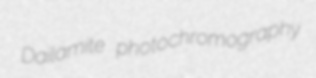
Dailamite photochromography